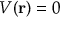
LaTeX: V ( \mathbf { r } ) = 0